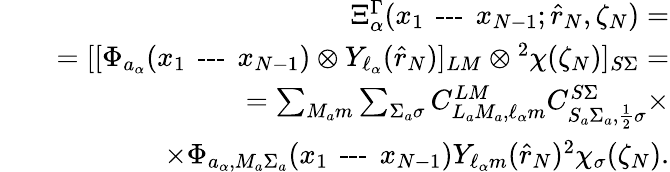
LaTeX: \begin{array}{rlr}&{}&{\Xi_{\alpha}^{\Gamma}(x_{1}\textrm{\, ---\, }x_{N-1};\hat{r}_{N},\zeta_{N})=}\\ &{}&{=[[\Phi_{a_{\alpha}}(x_{1}\textrm{\, ---\, }x_{N-1})\otimes Y_{\ell_{\alpha}}(\hat{r}_{N})]_{LM}\otimes{^2\chi(\zeta_{N})}]_{S\Sigma}=}\\ &{}&{=\sum_{M_{a}m}\sum_{\Sigma_{a}\sigma}C_{L_{a}M_{a},\ell_{\alpha}m}^{LM}C_{S_{a}\Sigma_{a},\frac{1}{2}\sigma}^{S\Sigma}\times}\\ &{}&{\times\Phi_{a_{\alpha},M_{a}\Sigma_{a}}(x_{1}\textrm{\, ---\, }x_{N-1})Y_{\ell_{\alpha}m}(\hat{r}_{N}){^2\chi_{\sigma}(\zeta_{N})}.}\end{array}